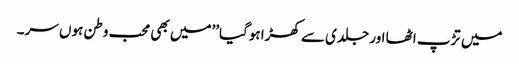
میں تڑپ اٹھا اور جلدی سے کھڑا ہوگیا’’میں بھی محب وطن ہوں سر۔